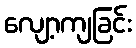
လျော့ကျခြင်း